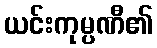
ယင်းကုမ္ပဏီ၏